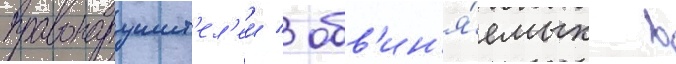
правонарушит'ел'еи / обв'ин'я́емых в